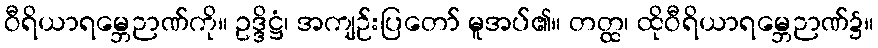
ဝီရိယာရမ္ဘေဉာဏ်ကို။ ဥဒ္ဒိဋ္ဌံ၊ အကျဉ်းပြတော် မူအပ်၏။ တတ္ထ၊ ထိုဝီရိယာရမ္ဘေဉာဏ်၌။